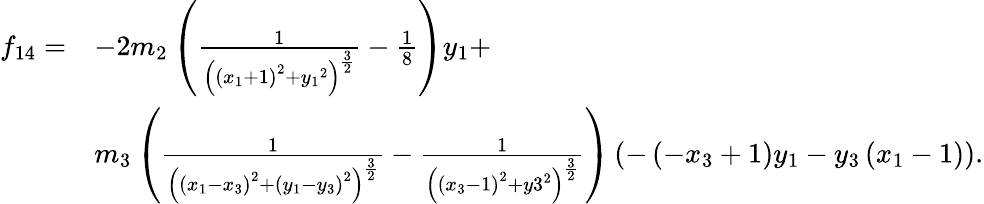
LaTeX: \begin{array}{ll}{f_{14}=}&{-2{m_{2}}\left(\frac{1}{\left(\left({x_{1}}+1\right)^{2}+{y_{1}}^{2}\right)^{\frac{3}{2}}}-\frac{1}{8}\right){y_{1}}+}\\ &{{m_{3}}\left(\frac{1}{\left(\left({x_{1}}-{x_{3}}\right)^{2}+\left({y_{1}}-{y_{3}}\right)^{2}\right)^{\frac{3}{2}}}-\frac{1}{\left(\left({x_{3}}-1\right)^{2}+{y3}^{2}\right)^{\frac{3}{2}}}\right)\left(-\left(-{x_{3}}+1\right){y_{1}}-{y_{3}}\left({x_{1}}-1\right)\right).}\end{array}